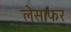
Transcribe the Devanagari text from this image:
लेसाफर